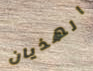
الهذيان